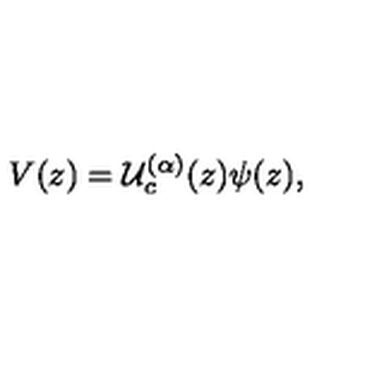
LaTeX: V ( z ) = \mathcal { U } _ { c } ^ { ( \alpha ) } ( z ) \psi ( z ) ,